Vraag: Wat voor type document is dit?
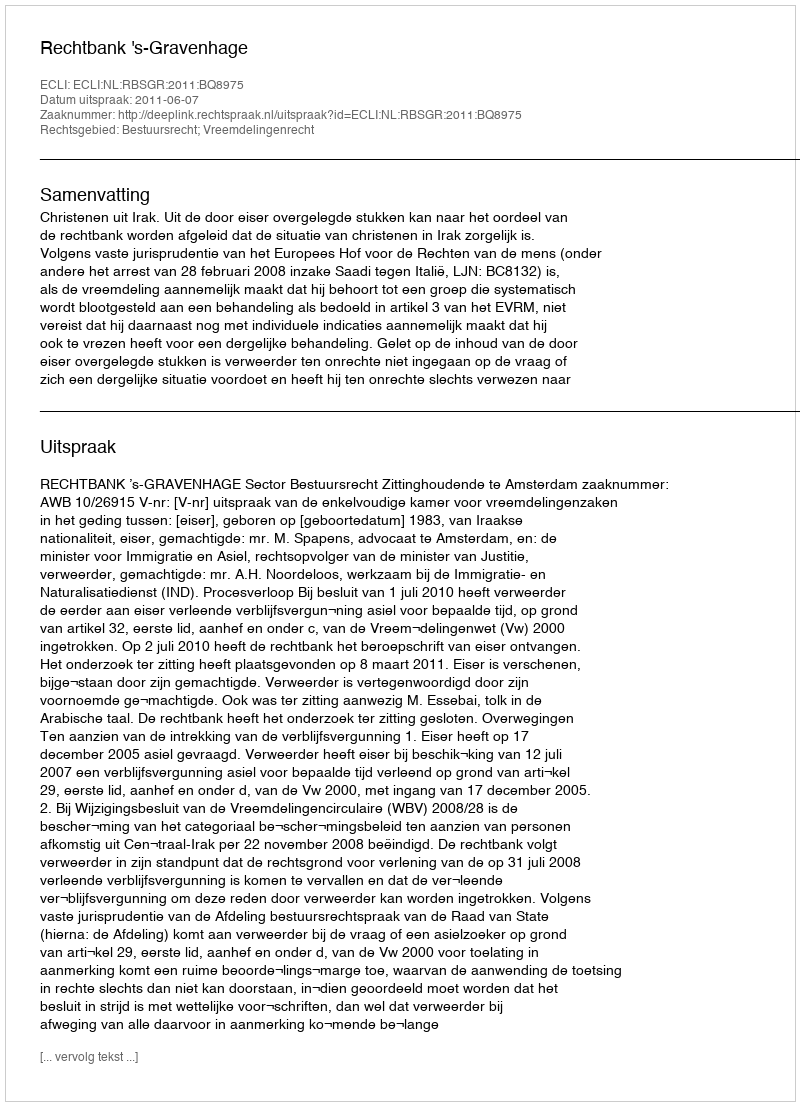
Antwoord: Uitspraak